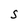
Character: S